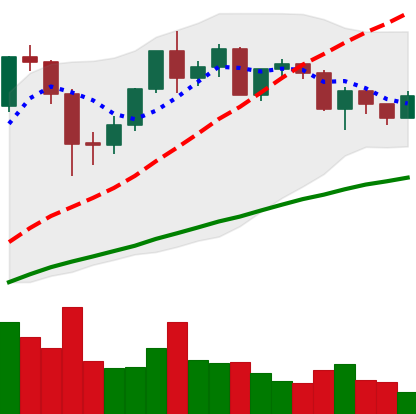
Ticker: ETH-USD
Chart end date: 2020-12-12
Forward return: 13.068%
Label: up_7plus